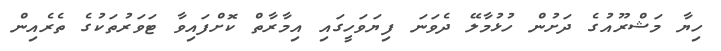
ހިޔާ މަޝްރޫއުގެ ދަށުން ހުޅުމާލޭ ދެވަނަ ފިޔަވަހީގައި އިމާރާތް ކޮށްފައިވާ ޓަވަރުތަކުގެ ތެރެއިން